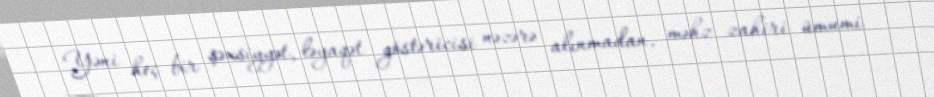
Yəni heç bir şəxsiyyət, ləyaqət göstəricisi nəzərə alınmadan, məhz zahiri ümumi